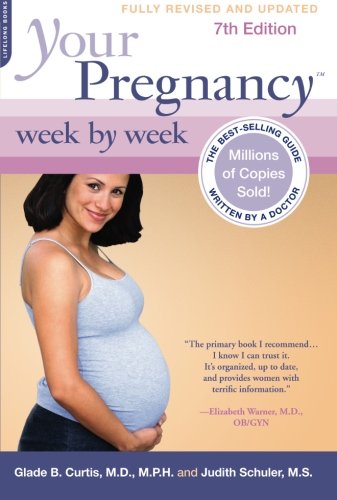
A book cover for Your Pregnancy Week by Week, 7th Edition (Your Pregnancy Series); Glade B. Curtis; Parenting & Relationships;